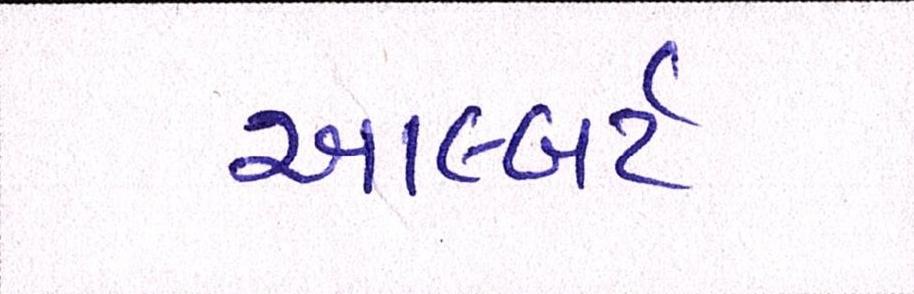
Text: આલ્બર્ટ